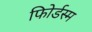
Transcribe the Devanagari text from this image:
फोिर्डस्म